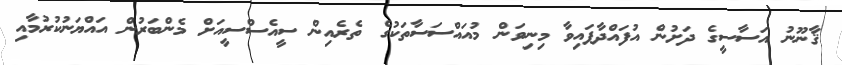
ޤާނޫނު އަސާސީގެ ދަށުން އުފައްދާފައިވާ މިނިވަން މުއައްސަސާތަކުގެ ތެރެއިން ސީއެސްސީއަށް މެންބަރުން އައްޔަނުކުރުމާއި